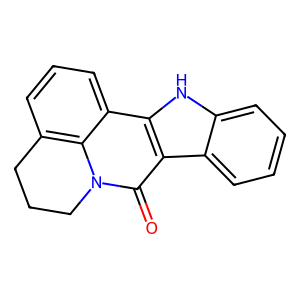
SMILES: O=c1c2c3ccccc3[nH]c2c2cccc3c2n1CCC3
Inhibits HIV replication: No